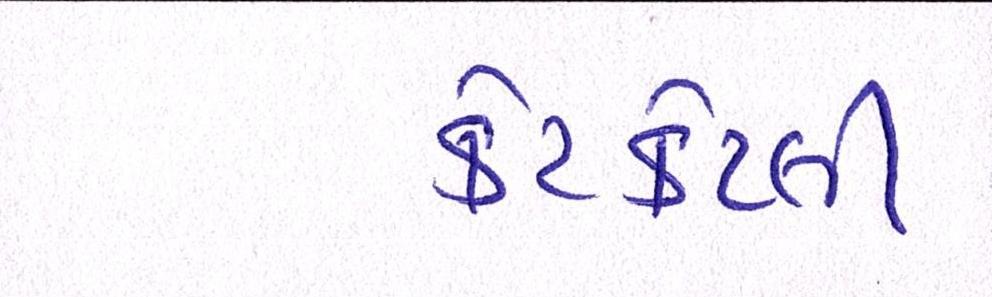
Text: કેટકેટલી